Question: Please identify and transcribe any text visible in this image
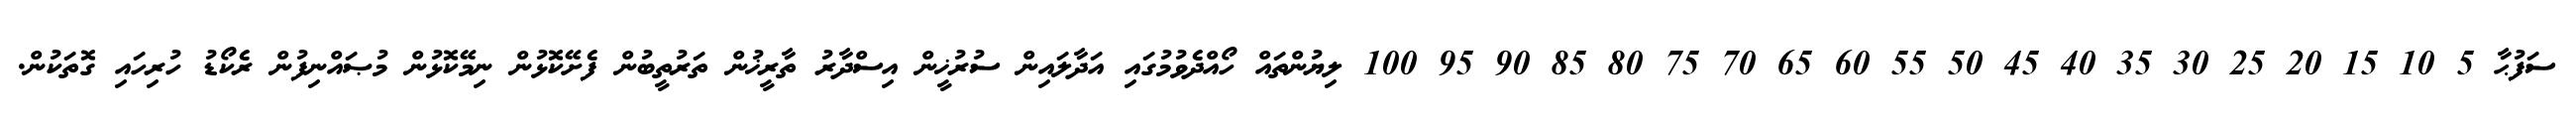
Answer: ސަފުޙާ 5 10 15 20 25 30 35 40 45 50 55 60 65 70 75 80 85 90 95 100 ލިޔުންތައް ހޯއްދެވުމުގައި އަދާލައިން ސުރުޚީން އިސްދާރު ތާރީޚުން ތަރުތީބުން ފެށޭކޮޅުން ނިމޭކޮޅުން މުޞައްނިފުން ރެކޯޑު ހުރިހައި ގޮތަކުން.